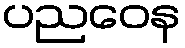
ပညဝေန